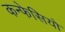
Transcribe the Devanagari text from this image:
कन्फेसियो